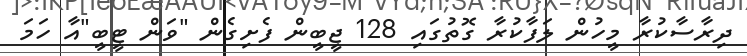
ދިރާސާކުރާ މީހުން ލަފާކުރާ ގޮތުގައި 128 ޖީބީން ފެށިގެން "ވަން ޓީބީ"އާ ހަމަ